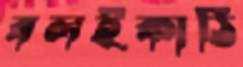
বলইকাঠি